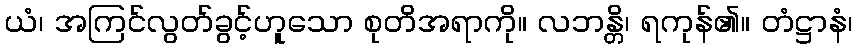
ယံ၊ အကြင်လွတ်ခွင့်ဟူသော စုတိအရာကို။ လဘန္တိ၊ ရကုန်၏။ တံဋ္ဌာနံ၊